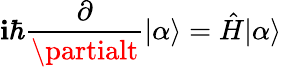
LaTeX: \mathbf{i}\hbar{\frac{{\partial}}{{\partialt}}}|\alpha\rangle={\hat{{H}}}|\alpha\rangle